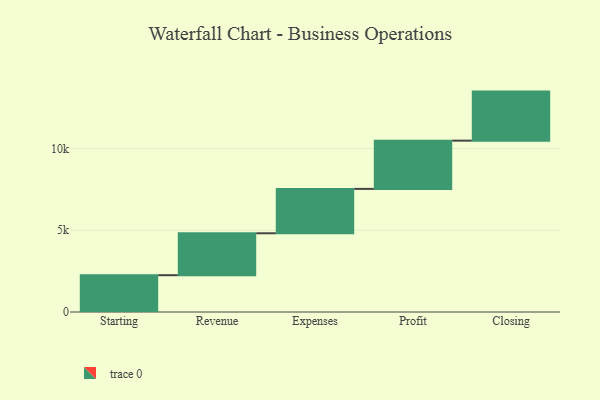
{"axis": {"x": "Step", "y": "Value"}, "legend": [""], "data": [{"x": "Starting", "y": 2252.0, "type": ""}, {"x": "Revenue", "y": 2564.0, "type": ""}, {"x": "Expenses", "y": 2715.0, "type": ""}, {"x": "Profit", "y": 2952.0, "type": ""}, {"x": "Closing", "y": 3000, "type": ""}]}